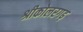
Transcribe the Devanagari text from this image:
श्रीकोलरगढ़